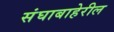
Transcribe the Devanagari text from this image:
संघाबाहेरील